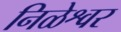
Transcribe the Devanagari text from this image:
निळेश्वर